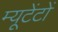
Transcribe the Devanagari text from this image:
म्यूटेंटों